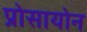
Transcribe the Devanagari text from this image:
प्रोसायोन